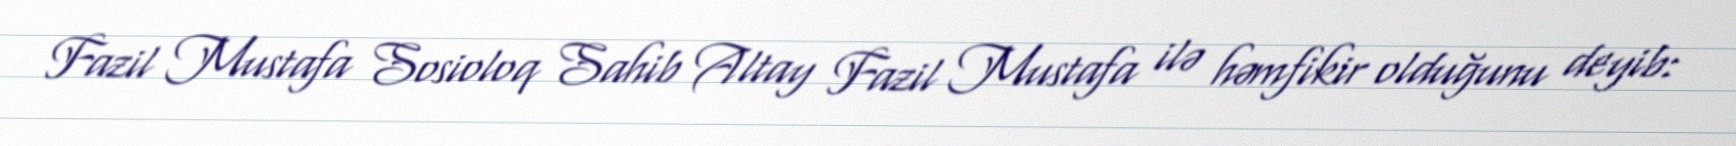
Fazil Mustafa Sosioloq Sahib Altay Fazil Mustafa ilə həmfikir olduğunu deyib: